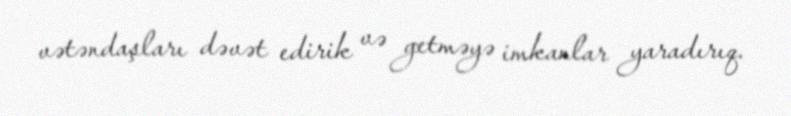
vətəndaşları dəvət edirik və getməyə imkanlar yaradırıq.